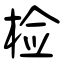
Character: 检